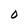
Character: O